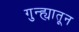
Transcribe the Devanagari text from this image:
गुन्ह्यातून